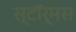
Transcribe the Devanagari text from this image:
स्टॉर्मस